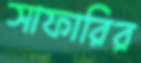
সাফারির